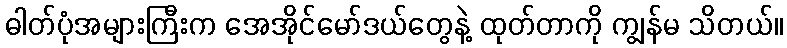
ဓါတ်ပုံအများကြီးက အေအိုင်မော်ဒယ်တွေနဲ့ ထုတ်တာကို ကျွန်မ သိတယ်။